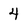
Character: 4